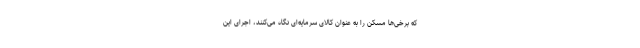
که برخی‌ها مسکن را به عنوان کالای سرمایه‌ای نگاه می‌کنند، اجرای این